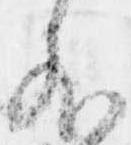
外